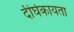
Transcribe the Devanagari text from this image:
दीर्घकायता